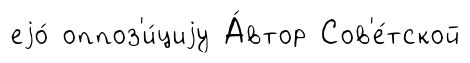
еjо́ оппоз'и́циjу А́втор Сов'е́тской